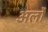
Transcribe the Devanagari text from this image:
अर्लों